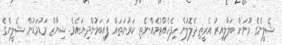
ޝެލީންގެ މޫނަށް ބަލާލިއިރު އެރީތިދެލޮލުން ހިފެހެއްޓުމެއްނެތި ކަރުނަތައް ފައިބަމުންދިޔައެވެ. ޝިޔާޒް މަޑުމަޑުން ޝެލީންގެ